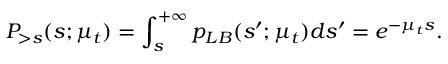
P _ { > s } ( s ; \mu _ { t } ) = \int _ { s } ^ { + \infty } p _ { L B } ( s ^ { \prime } ; \mu _ { t } ) d s ^ { \prime } = e ^ { - \mu _ { t } s } .